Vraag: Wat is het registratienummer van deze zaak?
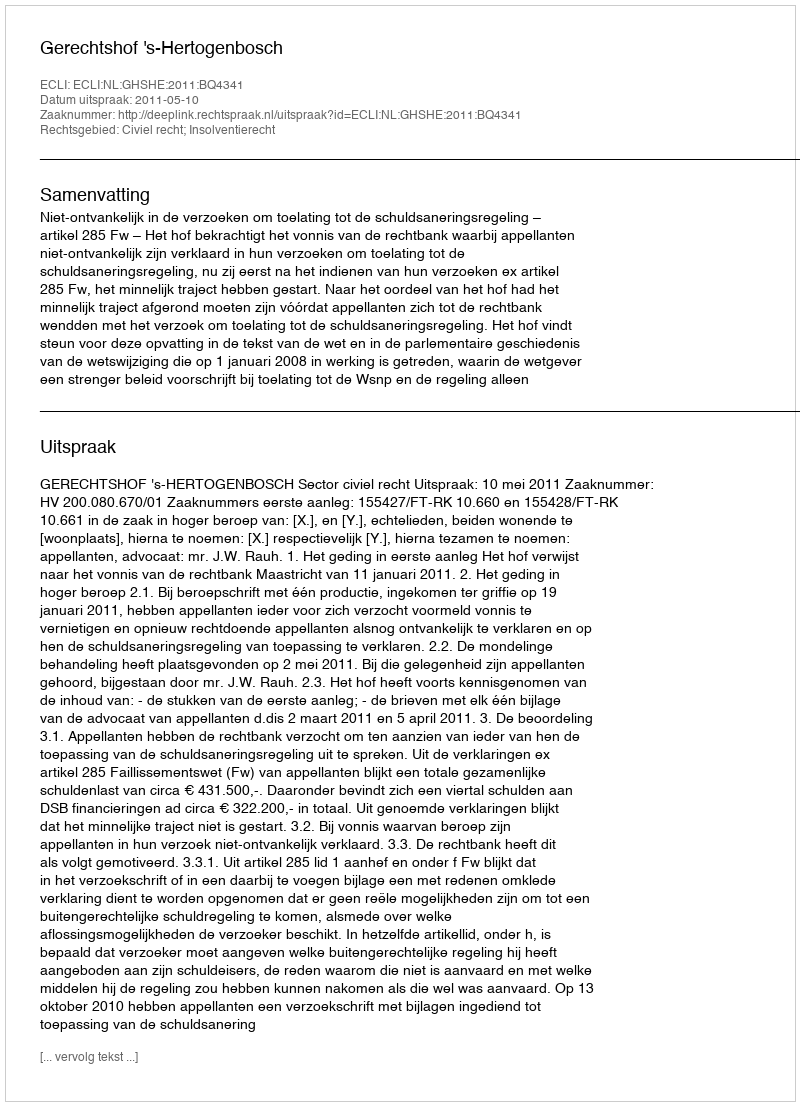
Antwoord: http://deeplink.rechtspraak.nl/uitspraak?id=ECLI:NL:GHSHE:2011:BQ4341